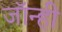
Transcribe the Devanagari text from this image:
जॉन्ही